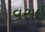
વસઈ